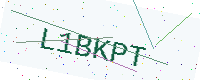
Text: L1BKPT